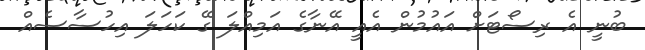
ބުނީ އެ ރިސޯޓަށް އައުމުން އެއީ އޭނާގެ އަމިއްލަ ގޭ ކަހަލަ އިހުސާސެއް